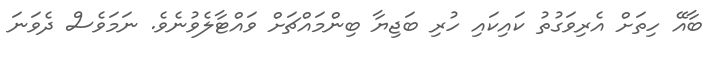
ބާއޭ ހިތަށް އެރިވަގުތު ކައިކައި ހުރި ބަޖިޔާ ބިންމައްޗަށް ވައްޓާލެވުނެވެ. ނަމަވެސް ދެވަނަ